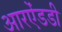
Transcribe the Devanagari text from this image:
आरऐंडडी